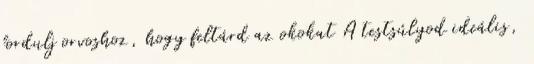
fordulj orvoshoz, hogy feltárd az okokat A testsúlyod ideális,